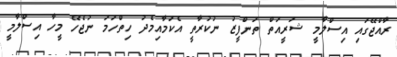
ރާއްޖޭގައި އިސްލާމީ ޝަރީއަތް ތަންފީޒު ނުކުރާތީ އެކަމާއިމެދު ހިތްހަމަ ނުޖެހޭ މީހާ އިސްލާމީ